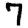
Digit: 7